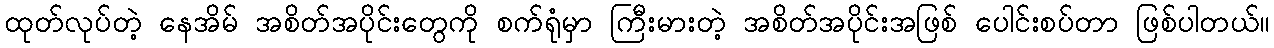
ထုတ်လုပ်တဲ့ နေအိမ် အစိတ်အပိုင်းတွေကို စက်ရုံမှာ ကြီးမားတဲ့ အစိတ်အပိုင်းအဖြစ် ပေါင်းစပ်တာ ဖြစ်ပါတယ်။